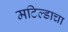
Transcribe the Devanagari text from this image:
मटिल्डाचा